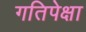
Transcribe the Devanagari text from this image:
गतिपेक्षा